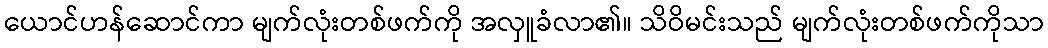
ယောင်ဟန်ဆောင်ကာ မျက်လုံးတစ်ဖက်ကို အလှူခံလာ၏။ သိဝိမင်းသည် မျက်လုံးတစ်ဖက်ကိုသာ